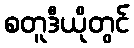
စတူဒီယိုတွင်